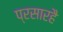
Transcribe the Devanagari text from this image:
प्रसारहै